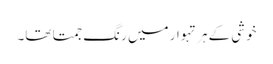
خوشی کے ہر تہوار میں رنگ جمتا تھا۔